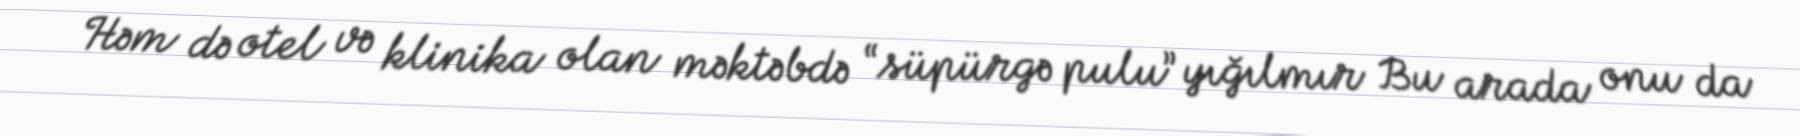
Həm də otel və klinika olan məktəbdə “süpürgə pulu” yığılmır Bu arada onu da